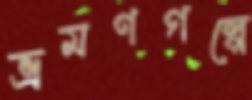
ভ্রমণগল্পে